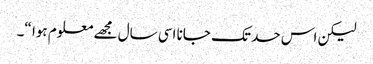
لیکن اس حد تک جانا اسی سال مجھے معلوم ہوا “۔